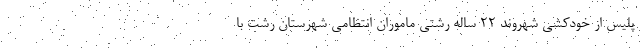
پلیس از خودکشی شهروند ۲۲ ساله رشتی ماموران انتظامی شهرستان رشت با